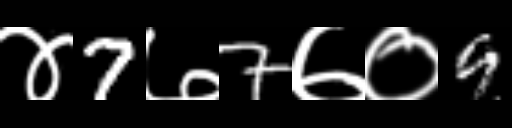
Text: ४7७7७०9